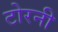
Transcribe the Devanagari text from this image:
टोरनी